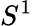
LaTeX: S^{1}